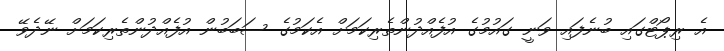
އެ ރިޕޯޓްގައި ބުނެފައި ވަނީ ގައުމުގެ އުފެއްދުންތެރިކަމަށް އެކަމުގެ ސަބަބުން އުފެއްދުންތެރިކަމަށް ނޭދެވޭ